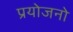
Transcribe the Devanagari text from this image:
प्रयोजनो